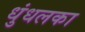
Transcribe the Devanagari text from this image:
धुंधलका